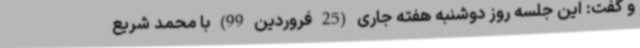
و گفت: این جلسه روز دوشنبه هفته جاری (25 فروردین 99) با محمد شریع